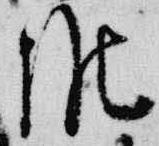
候